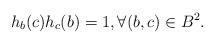
LaTeX: \begin{align*}h_b(c)h_{c}(b)=1,\forall (b,c)\in B^2.\end{align*}